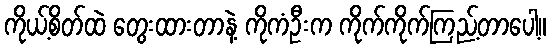
ကိုယ့်စိတ်ထဲ တွေးထားတာနဲ့ ကိုကံဦးက ကိုက်ကိုက်ကြည့်တာပေါ့။